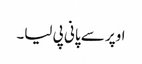
اوپر سے پانی پی لیا۔